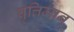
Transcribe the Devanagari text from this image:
वृत्तिमान्‌